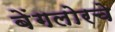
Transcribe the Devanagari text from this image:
बेंगलोरचे